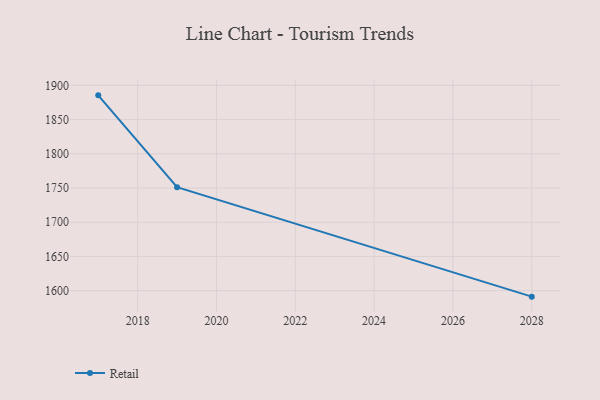
{"axis": {"x": "Year", "y": "Shipments"}, "legend": ["Retail"], "data": [{"x": "2028", "y": 1591.3, "type": "Retail"}, {"x": "2019", "y": 1751.3, "type": "Retail"}, {"x": "2017", "y": 1885.4, "type": "Retail"}]}